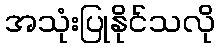
အသုံးပြုနိုင်သလို